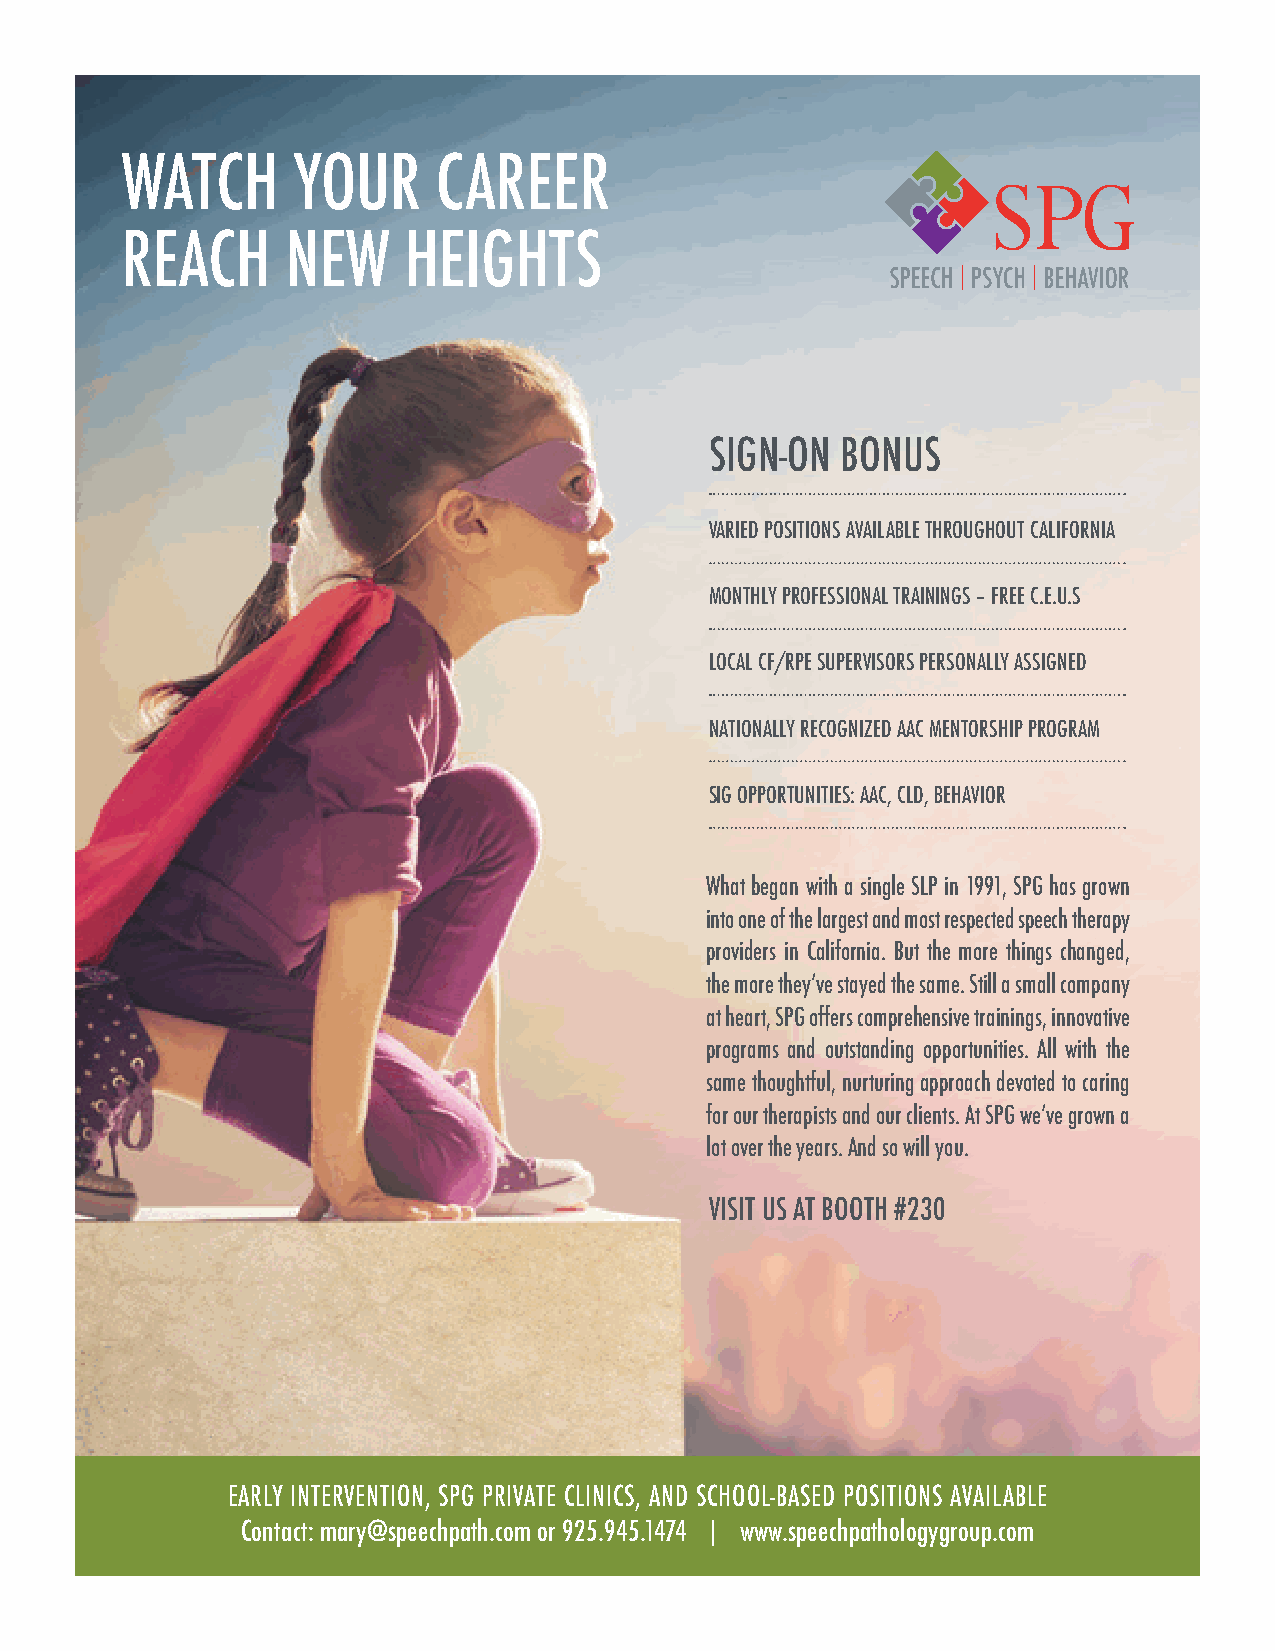
WATCH      YOUR      CAREER
 REACH      NEW     HEIGHTS
 SIGN-ON  BONUS
 VARIED POSITIONS AVAILABLE THROUGHOUT CALIFORNIA
 MONTHLY PROFESSIONAL TRAININGS – FREE C.E.U.S
 LOCAL CF/RPE SUPERVISORS PERSONALLY ASSIGNED
 NATIONALLY RECOGNIZED AAC MENTORSHIP PROGRAM
 SIG OPPORTUNITIES: AAC, CLD, BEHAVIOR
 What began with a single SLP in 1991, SPG has grown
 into one of the largest and most respected speech therapy
 providers in California. But the more things changed,
 the more they’ve stayed the same. Still a small company
 at heart, SPG offers comprehensive trainings, innovative
 programs and outstanding opportunities. All with the
 same thoughtful, nurturing approach devoted to caring
 for our therapists and our clients. At SPG we’ve grown a
 lot over the years. And so will you.
 VISIT US AT BOOTH #230
 EARLY INTERVENTION, SPG PRIVATE CLINICS, AND SCHOOL-BASED POSITIONS AVAILABLE
 Contact: mary@speechpath.com or 925.945.1474 | www.speechpathologygroup.com